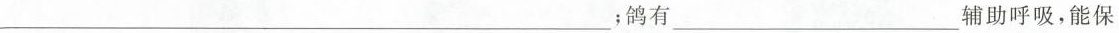
\underline；鸽有\underline辅助呼吸，能保